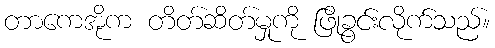
တာကေအိုက တိတ်ဆိတ်မှုကို ဖြိုခွင်းလိုက်သည်။